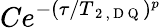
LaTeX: Ce^{-(\tau/T_{\mathrm{~2~,~D~Q~}})^{p}}